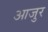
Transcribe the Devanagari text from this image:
आजुर